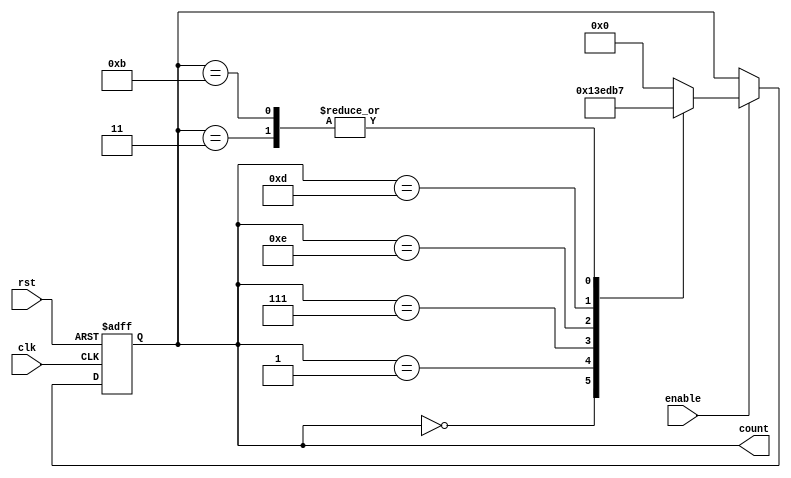
module JohnsonCounter (
    input wire clk,        // Clock signal
    input wire rst,        // Reset signal
    input wire enable,     // Enable signal
    output reg [3:0] count // Johnson Counter output
);

always @(posedge clk or posedge rst) begin
    if (rst) begin
        count <= 4'b0000; // Reset count to 0000
    end else if (enable) begin
        // Johnson Counter sequence based on enable signal
        case(count)
            4'b0000: count <= 4'b0001;
            4'b0001: count <= 4'b0011;
            4'b0011: count <= 4'b0111;
            4'b0111: count <= 4'b1110;
            4'b1110: count <= 4'b1101;
            4'b1101: count <= 4'b1011;
            4'b1011: count <= 4'b0111;
            default: count <= 4'b0000;
        endcase
    end
end

endmodule